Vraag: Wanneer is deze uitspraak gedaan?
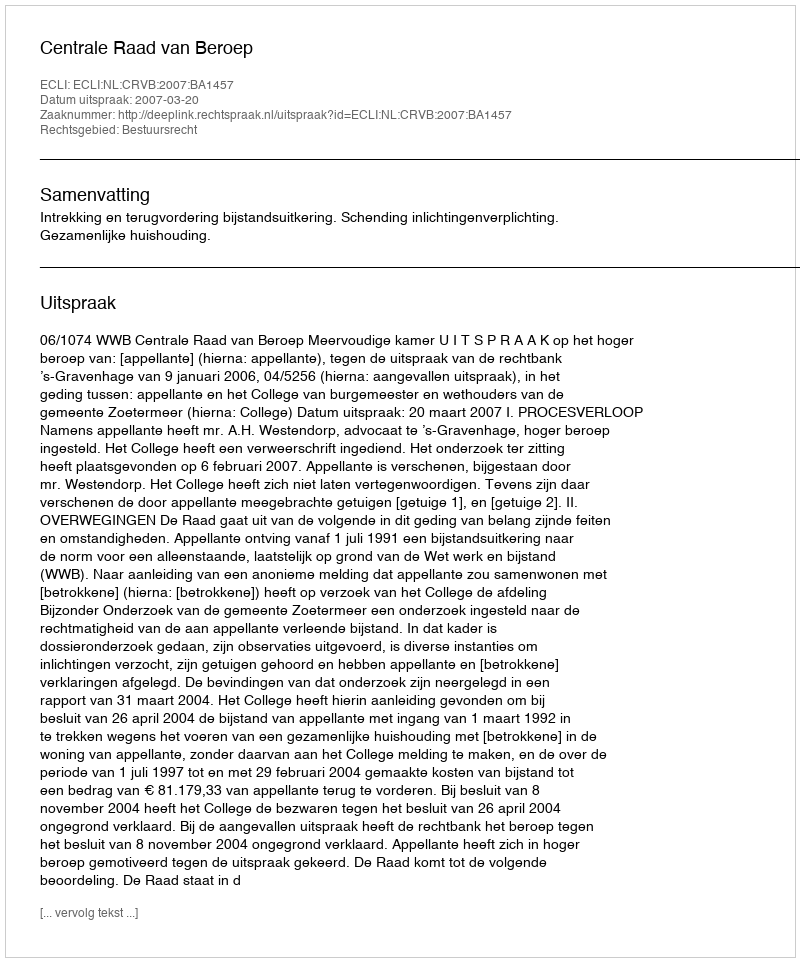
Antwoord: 2007-03-20